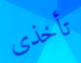
تأخذى